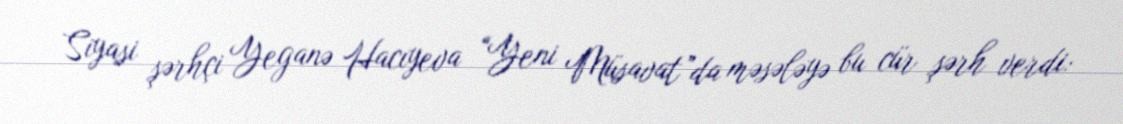
Siyasi şərhçi Yeganə Hacıyeva “Yeni Müsavat”da məsələyə bu cür şərh verdi: